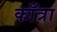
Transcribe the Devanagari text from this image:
काँत्रा